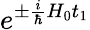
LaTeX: e^{\pm\frac{i}{\hbar}H_{0}t_{1}}